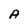
Character: A